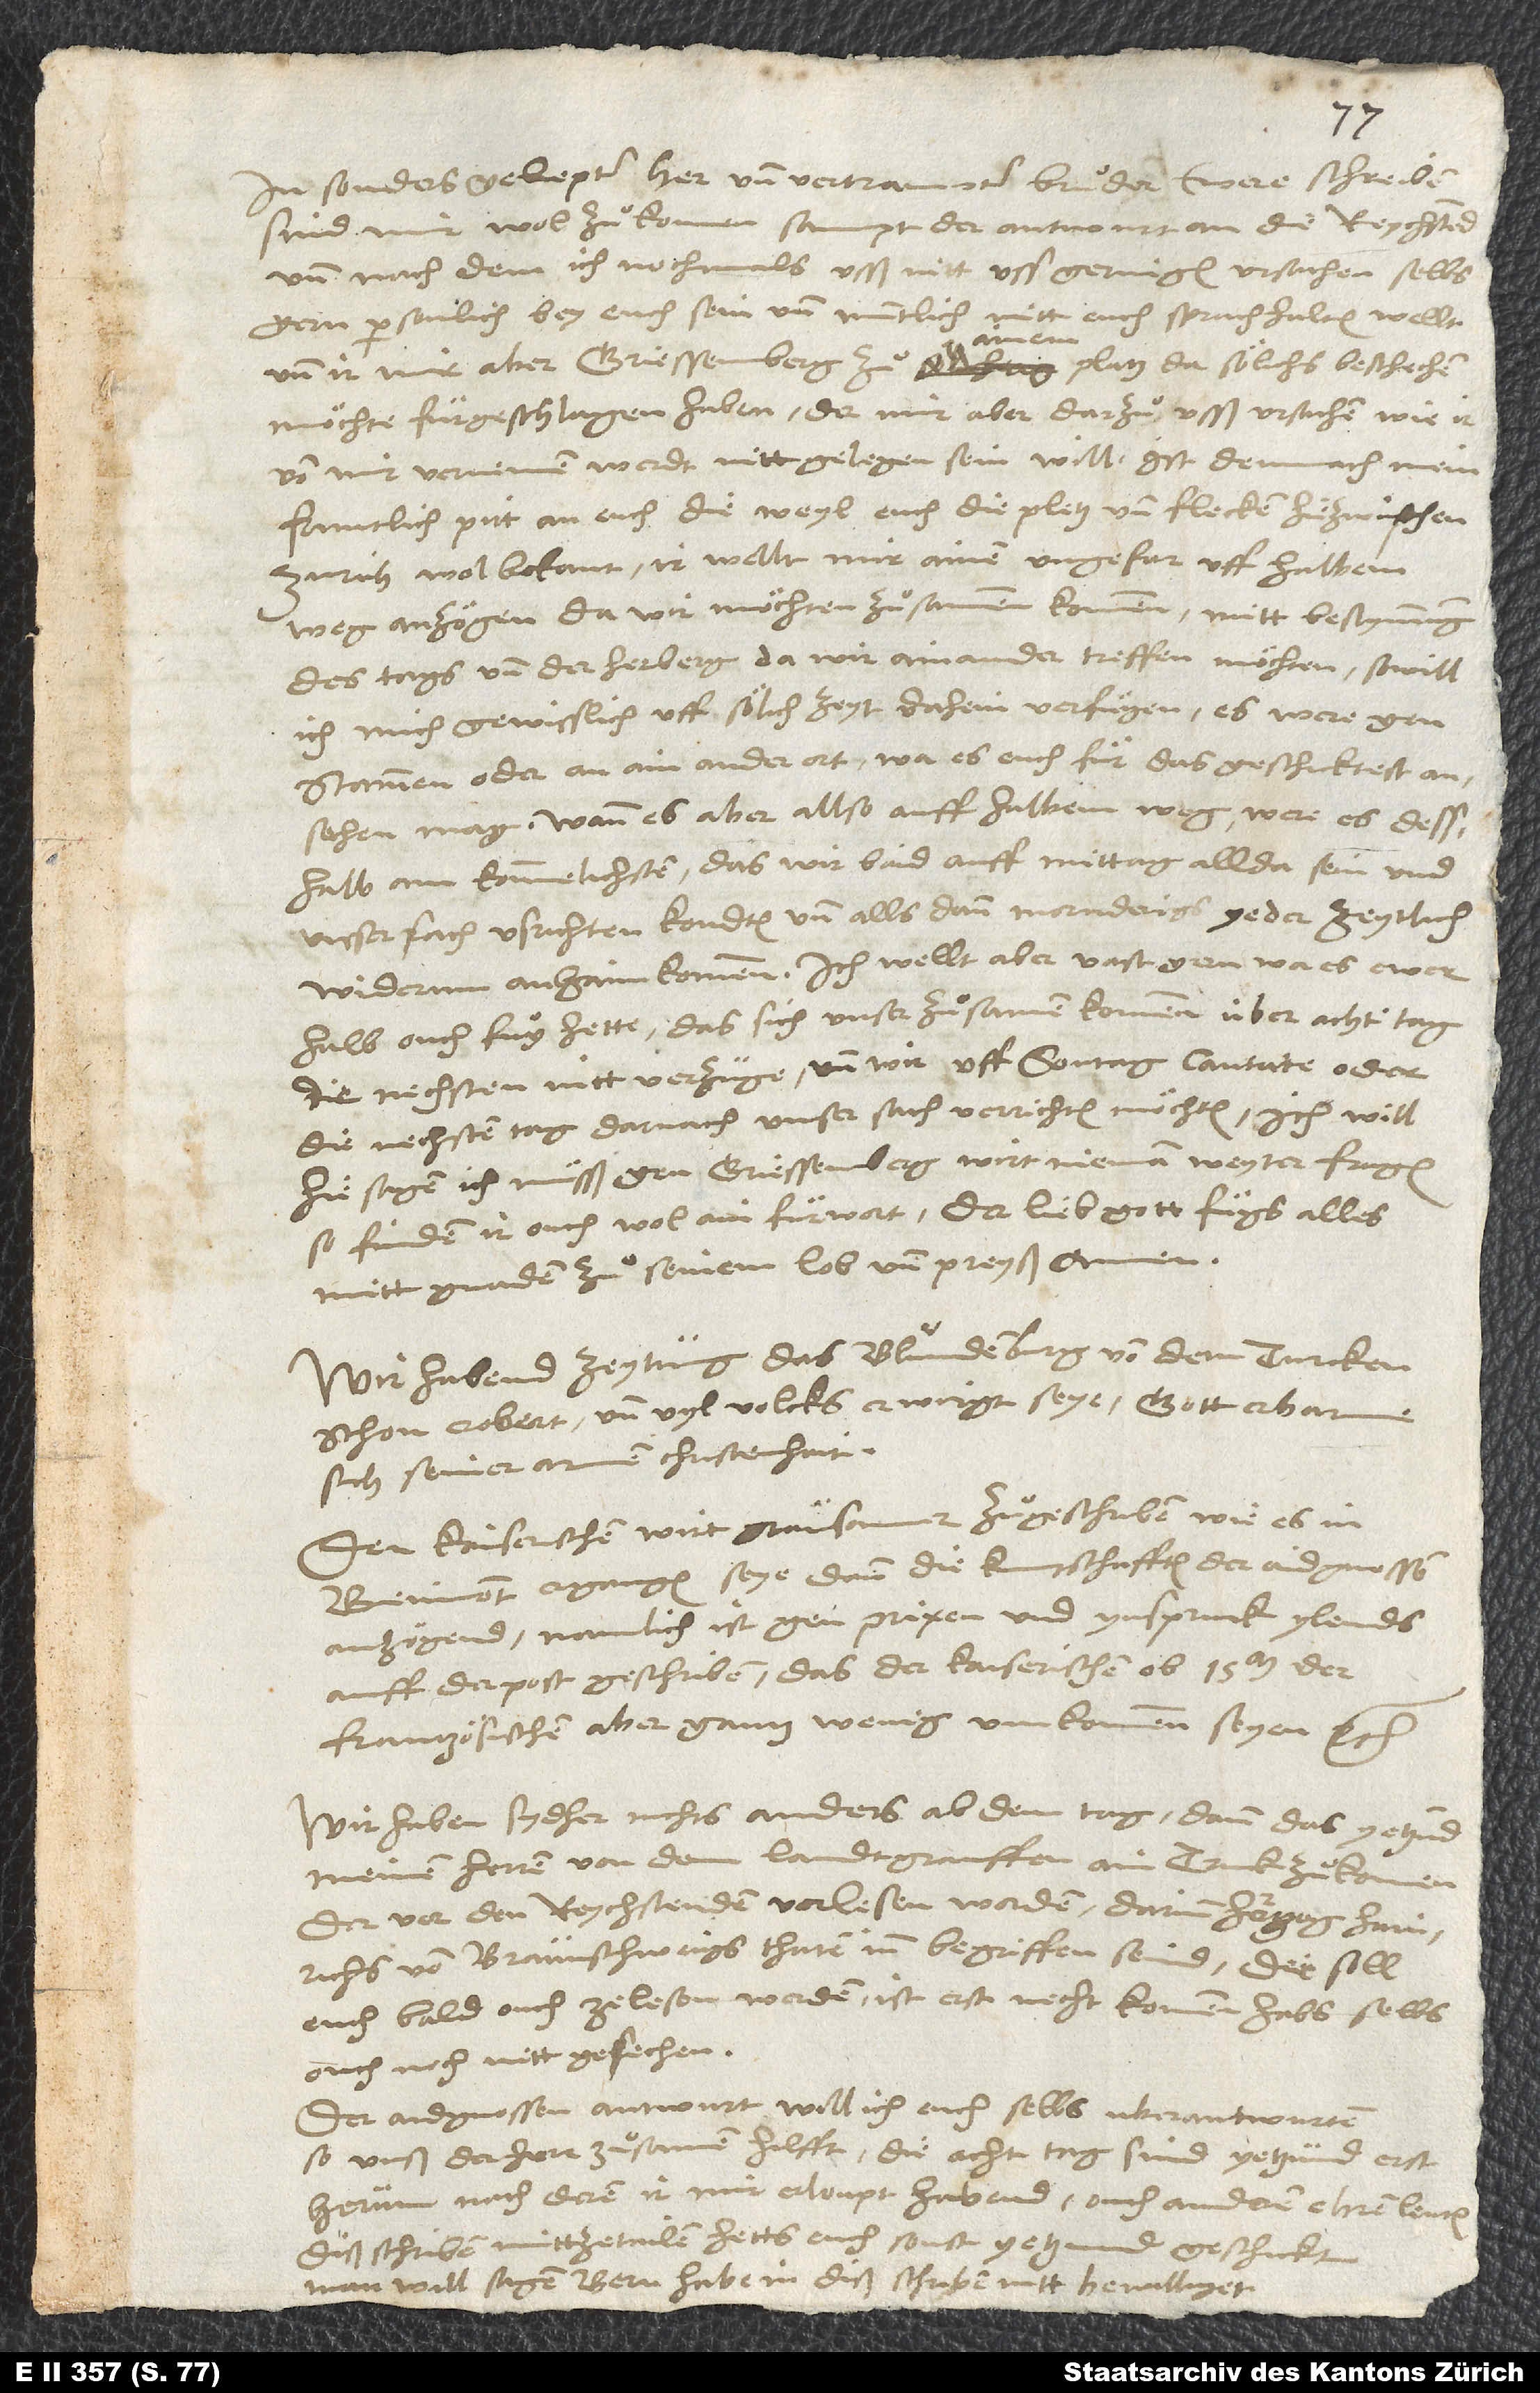
sind mir wol zuͦkomen sampt der antwurt an die reychstend,
und nach dem ich nochmals usß nitt geringen ursachen selbs
gern personlich bey euch sein und muntlich mitt euch sprachhalten wellt
und ir mir aber Griessenberg zuͦ ainem platz, da sölichs beschechen
möchte, fürgeschlagen haben, der mir aber darzuͦ usß ursachen, wie ir
von mir vernemen werdt, nitt gelegen sein will, ist demnach mein
fruntlich pitt an euch, die weyl euch die pletz und flecken hiezwischen
Zurich wol bekant, ir wellt mir ainen ungefar uff halbem
weg anzögen, da wir möchten zuͦsammen kommen, mitt besynnung
des tags und der herberg, da wir ainander treffen möchten, so will
ich mich gewisslich uff sölich zeyt dahein verfügen, es were gen
Stammen oder an ain ander ort, wa es euch für das geschiktest
ansehen mag. Wann es aber allso auff halbem weg, were es desshalb
kommelichsten, das wir baid auff mittag allda sein und
unsser sach usrichten kondten und alls dann mornderigs yeder zeytlich
widerum anhaim kommen. Ich wellt aber vast gern, wa es ewer
halb ouch fuͦg hette, das sich unser zuͦsamenkommen über acht tag
die nechsten nitt verzuge und wir uff sontag cantate oder
die nechsten tag darnach unser sach verrichten möchten. Ich will
hie sagen, ich müsß gen Griessenberg; wirt nieman weyter fragen.
So finden ir ouch wol ain fürwort. Der lieb gott fügs alles
mitt gnaden zuͦ seinem lob und preyß. Amen.
Wir habend zeytung, das Blundenburg von dem Turcken
schon erobert und vyl volcks erwirgt seye. Gott erbarme
sich seiner armen christenhait!
Den kaiserischen wirt grausamer zuͦgeschriben, wie es in
Bemont ergangen seye, dann die kuntschafften der aidgnossen
anzögend, namlich ist gen Prixen und Ynspruck ylends
auff der post geschriben, das der kaiserischen ob 15 m, der
frantzösischen aber gantz wenig umkommen seyen etc.
Wir haben sydher nichts anders ab dem tag, dann das yetzund
meinen herren von dem landtgrauffen ain truk zuͦkomen,
der vor den reychstenden verlesen worden, darinn hertzog Hainrichs
von Braunschweigs thaten inn begriffen seind; der soll
euch bald ouch zelesen werden, ist erst necht kommen, habs selbs
ouch noch nitt gesechen.
Der aidgnossen antwurt will ich euch selbs uberantwurten,
so unß der herr zuͦsamen hilfft. Die acht tag sind yetzund erst
herum, nach deren ir mir erloupt habend, ouch anderen ehrenleuten
diß schriben mittzetailen; hetts euch sonst yetzund geschickt;
man will sagen, Bern habe in diß schriben nitt bewilliget.